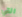
التي